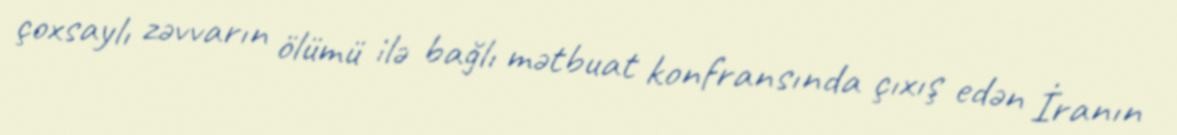
çoxsaylı zəvvarın ölümü ilə bağlı mətbuat konfransında çıxış edən İranın